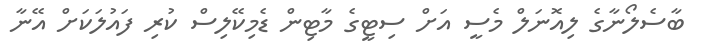
ބާސެލޯނާގެ ލިއޮނަލް މެސީ އަށް ސިޓީގެ މާޓިން ޑެމިކޭލިސް ކުރި ފައުލަކަށް އޭނާ